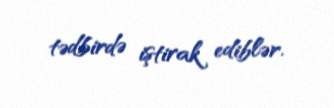
tədbirdə iştirak ediblər.